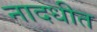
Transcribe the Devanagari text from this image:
नादधीत